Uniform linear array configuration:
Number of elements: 12
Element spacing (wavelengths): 0.5
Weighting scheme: hann
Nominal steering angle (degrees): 60
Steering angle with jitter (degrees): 58.559
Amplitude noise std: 0.05
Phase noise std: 0.05

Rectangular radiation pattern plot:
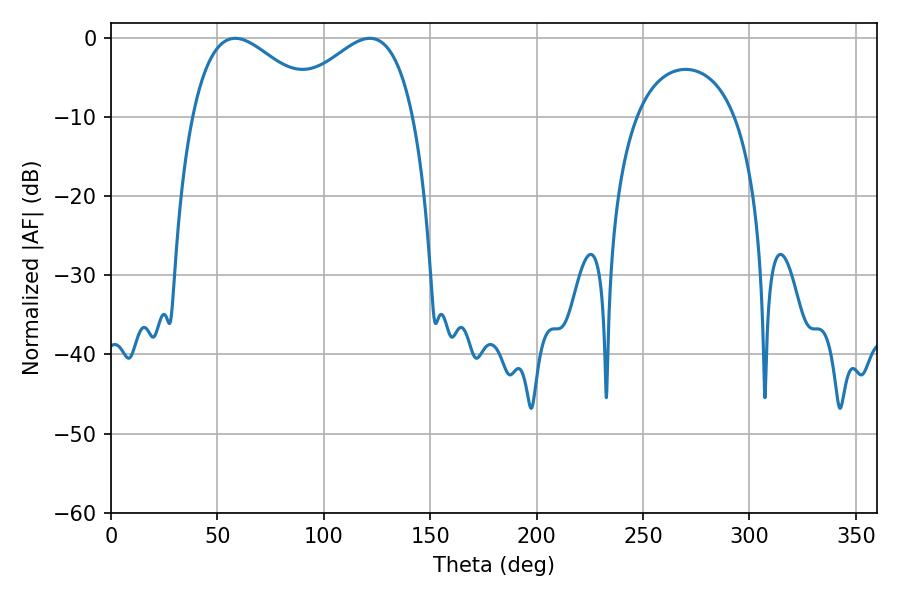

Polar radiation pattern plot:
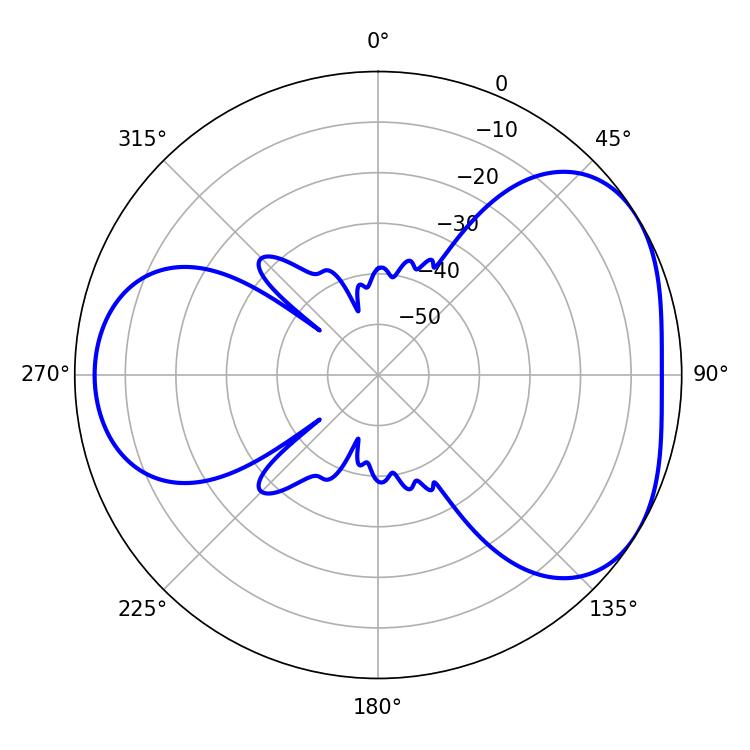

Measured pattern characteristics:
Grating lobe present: FALSE
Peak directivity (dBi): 4.109
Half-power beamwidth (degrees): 32.94
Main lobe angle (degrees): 58.32